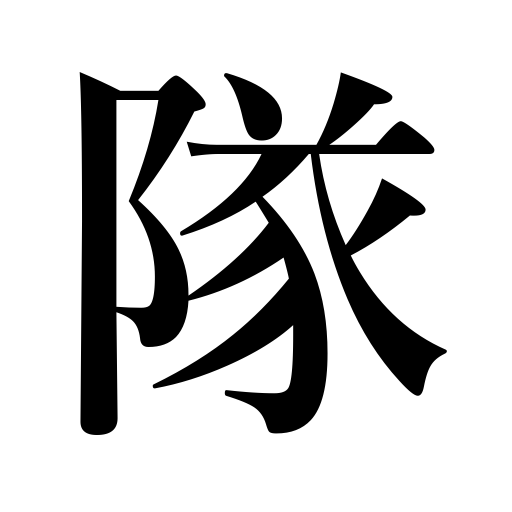
Meanings: band,posse,crew,unit,corps,company,force,squad,party